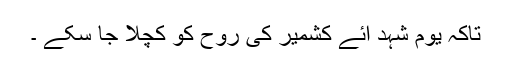
تاکہ یومِ شہد ائے کشمیر کی روح کو کچلا جا سکے ۔